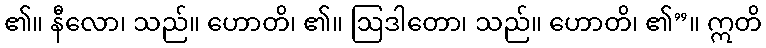
၏။ နီလော၊ သည်။ ဟောတိ၊ ၏။ ဩဒါတော၊ သည်။ ဟောတိ၊ ၏”။ ဣတိ